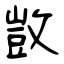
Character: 敳